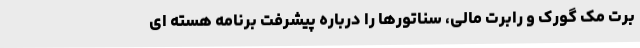
برت مک گورک و رابرت مالی، سناتورها را درباره پیشرفت برنامه هسته ای